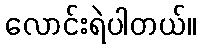
လောင်းရဲပါတယ်။